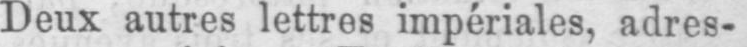
Deux autres lettres impériales, adres-